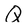
Character: Q